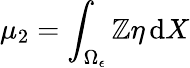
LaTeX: \mu_{2}=\int_{\Omega_{\epsilon}}\mathbb{Z}\eta\, \mathrm{{d}}X